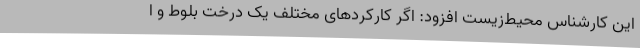
این کارشناس محیط‌زیست افزود: اگر کارکردهای مختلف یک درخت بلوط و ا